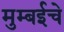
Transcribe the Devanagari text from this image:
मुम्बईचे